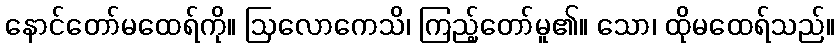
နောင်တော်မထေရ်ကို။ ဩလောကေသိ၊ ကြည့်တော်မူ၏။ သော၊ ထိုမထေရ်သည်။